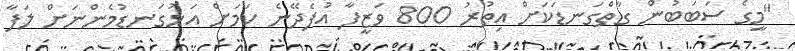
"މީގެ ސަބަބުން ގާތްގަނޑަކަށް އިތުރު 800 ވަޒީފާ އުފެދޭނެ ކަމަށް އަޅުގަނޑުމެންނަށް ލަފާ